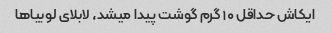
ایکاش حداقل ۱۰ گرم گوشت پیدا میشد، لابلای لوبیاها